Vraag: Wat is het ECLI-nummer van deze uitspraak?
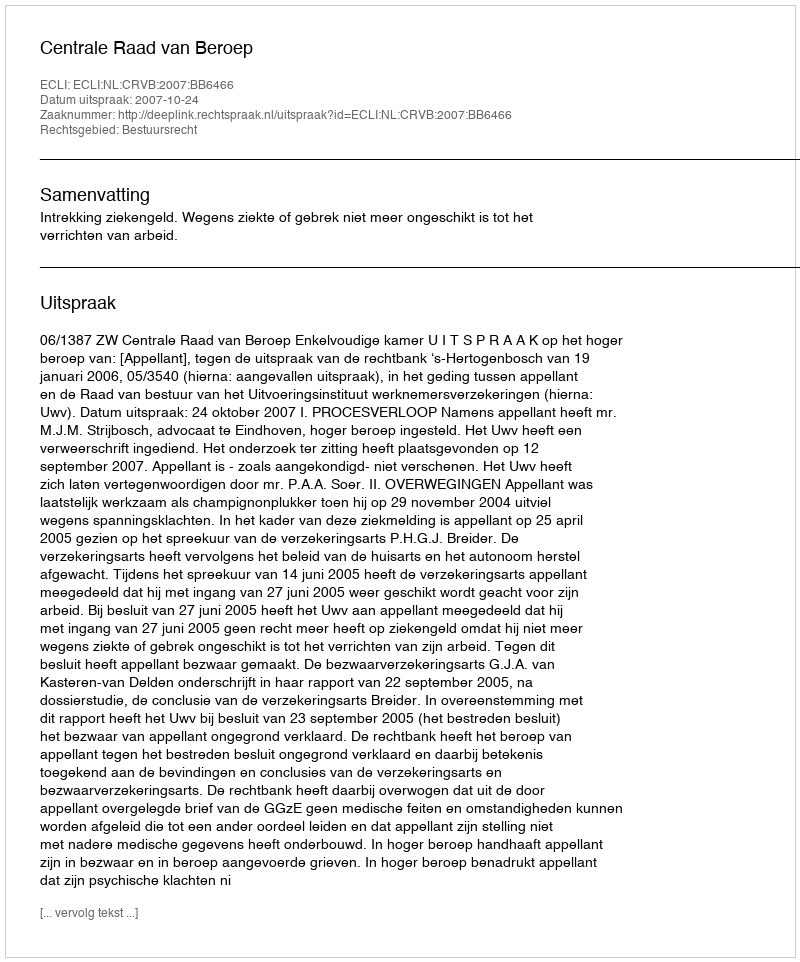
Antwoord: ECLI:NL:CRVB:2007:BB6466